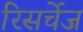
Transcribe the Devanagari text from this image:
रिसर्चेज